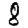
Digit: 8